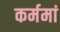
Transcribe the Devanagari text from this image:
कर्ममां